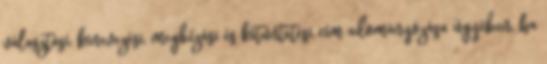
választási, kinevezési, megbízási és kitűntetési cím adományozása ügyében, ha